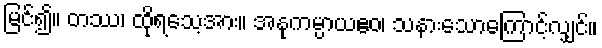
မြင်၍။ တဿ၊ ထိုရသေ့အား။ အနုကမ္ပာယဧဝ၊ သနားသောကြောင့်လျှင်။